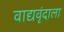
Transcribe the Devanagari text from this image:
वाद्यवृंदाला